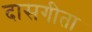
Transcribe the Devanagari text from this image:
दासगीता